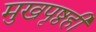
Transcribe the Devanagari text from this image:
मुखपृष्ठही